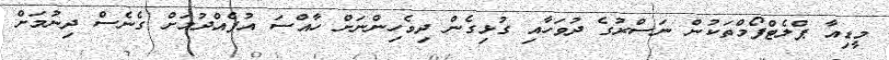
މީޑިއާ ޕްލެޓްފޯމްތަކުން ނަސްރުގެ ދުވަހާއި ގުޅިގެން ދިވެހިންނަށް ހާއްސަ އުފެއްދުމަށް ގެނެސް ދިނުމަށް